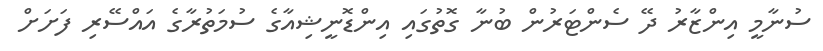
ސުނާމީ އިންޒާރު ދޭ ސެންޓަރުން ބުނާ ގޮތުގައި އިންޑޮނީޝިއާގެ ސުމަތުރާގެ އައްސޭރި ފަށަށް